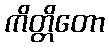
ကိတ္တိတော